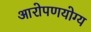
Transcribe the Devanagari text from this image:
आरोपणयोग्य